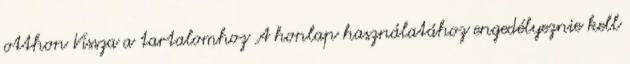
otthon Vissza a tartalomhoz A honlap használatához engedélyeznie kell